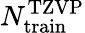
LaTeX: N_{\mathrm{train}}^{\mathrm{TZVP}}